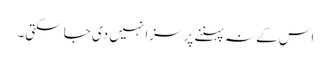
اس کے نہ پہننے پر سزا نہیں دی جا سکتی۔